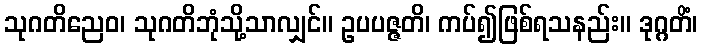
သုဂတိညေဝ၊ သုဂတိဘုံသို့သာလျှင်။ ဥပပဇ္ဇတိ၊ ကပ်၍ဖြစ်ရသနည်း။ ဒုဂ္ဂတိံ၊